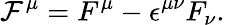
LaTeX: {\cal F}^{\mu}=F^{\mu}-{\epsilon}^{{\mu}{\nu}}F_{\nu}.